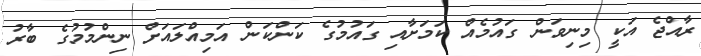
ރާއްޖެ އަކީ މިނިވަން ގައުމެއް ކަމަށާއި ގައުމުގެ ކަންކަން އަމިއްލައަށް ނިންމުމުގެ ބާރު